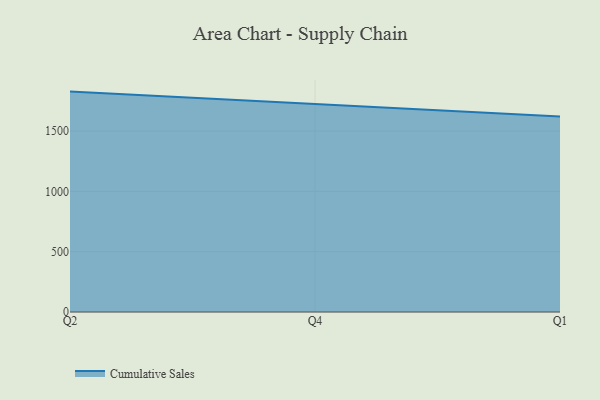
{"axis": {"x": "Quarter", "y": "Market Share (%)"}, "legend": ["Cumulative Sales"], "data": [{"x": "Q2", "y": 1826.9, "type": "Cumulative Sales"}, {"x": "Q4", "y": 1722.1, "type": "Cumulative Sales"}, {"x": "Q1", "y": 1621.3, "type": "Cumulative Sales"}]}